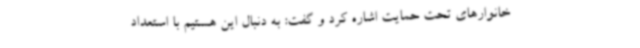
خانوارهای تحت حمایت اشاره کرد و گفت: به دنبال این هستیم با استعداد